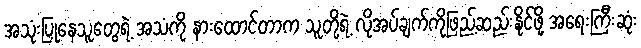
အသုံးပြုနေသူတွေရဲ့ အသံကို နားထောင်တာက သူတို့ရဲ့ လိုအပ်ချက်ကိုဖြည့်ဆည်းနိုင်ဖို့ အရေးကြီးဆုံး